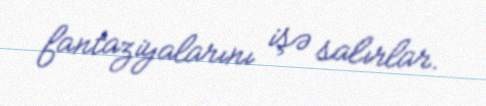
fantaziyalarını işə salırlar.